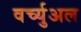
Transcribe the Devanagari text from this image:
वर्च्युअल